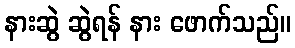
နားဆွဲ ဆွဲရန် နား ဖောက်သည်။